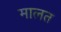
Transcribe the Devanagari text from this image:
मालत